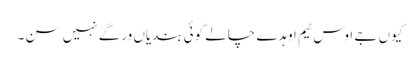
کیوں جے اوس ٹیم اوہدے چالے کوئی بندیاں ورگے نہیں سن ۔